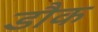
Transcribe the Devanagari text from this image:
डौक